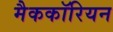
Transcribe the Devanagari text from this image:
मैककॉरियन